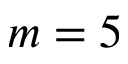
m = 5